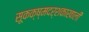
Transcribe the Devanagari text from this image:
सूकक्ष्मदर्शकाखाली